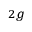
{ } _ { 2 g }